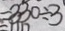
= 3 3 0 \div 3